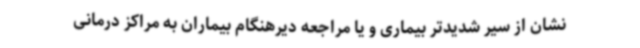
نشان از سیر شدیدتر بیماری و یا مراجعه دیرهنگام بیماران به مراکز درمانی